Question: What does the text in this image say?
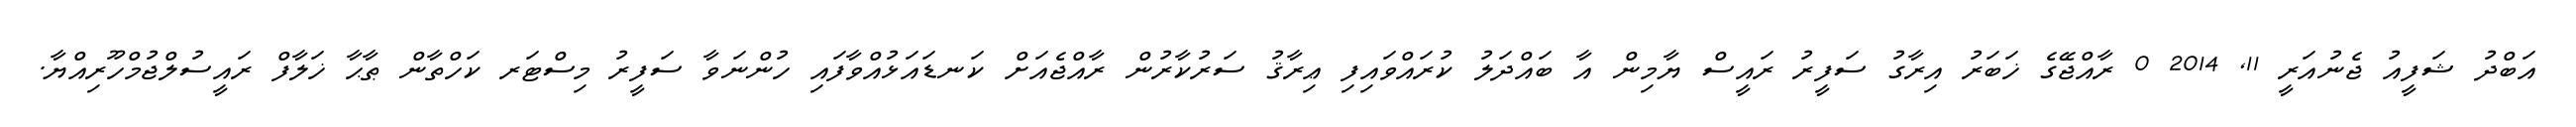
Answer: އަބްދު ޝަފީއު ޖެނުއަރީ 11, 2014 0 ރާއްޖޭގެ ޚަބަރު އިރާގު ސަފީރު ރައީސް ޔާމިން އާ ބައްދަލު ކުރައްވައިފި ޢިރާޤު ސަރުކާރުން ރާއްޖެއަށް ކަނޑައަޅުއްވާފައި ހުންނަވާ ސަފީރު މިސްޓަރ ކަހްތާން ޠާޙާ ޚަލާފް ރައީސުލްޖުމްހޫރިއްޔާ.